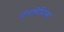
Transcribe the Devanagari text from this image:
जीवचिकित्सा